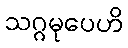
သဂ္ဂမုပေဟိ